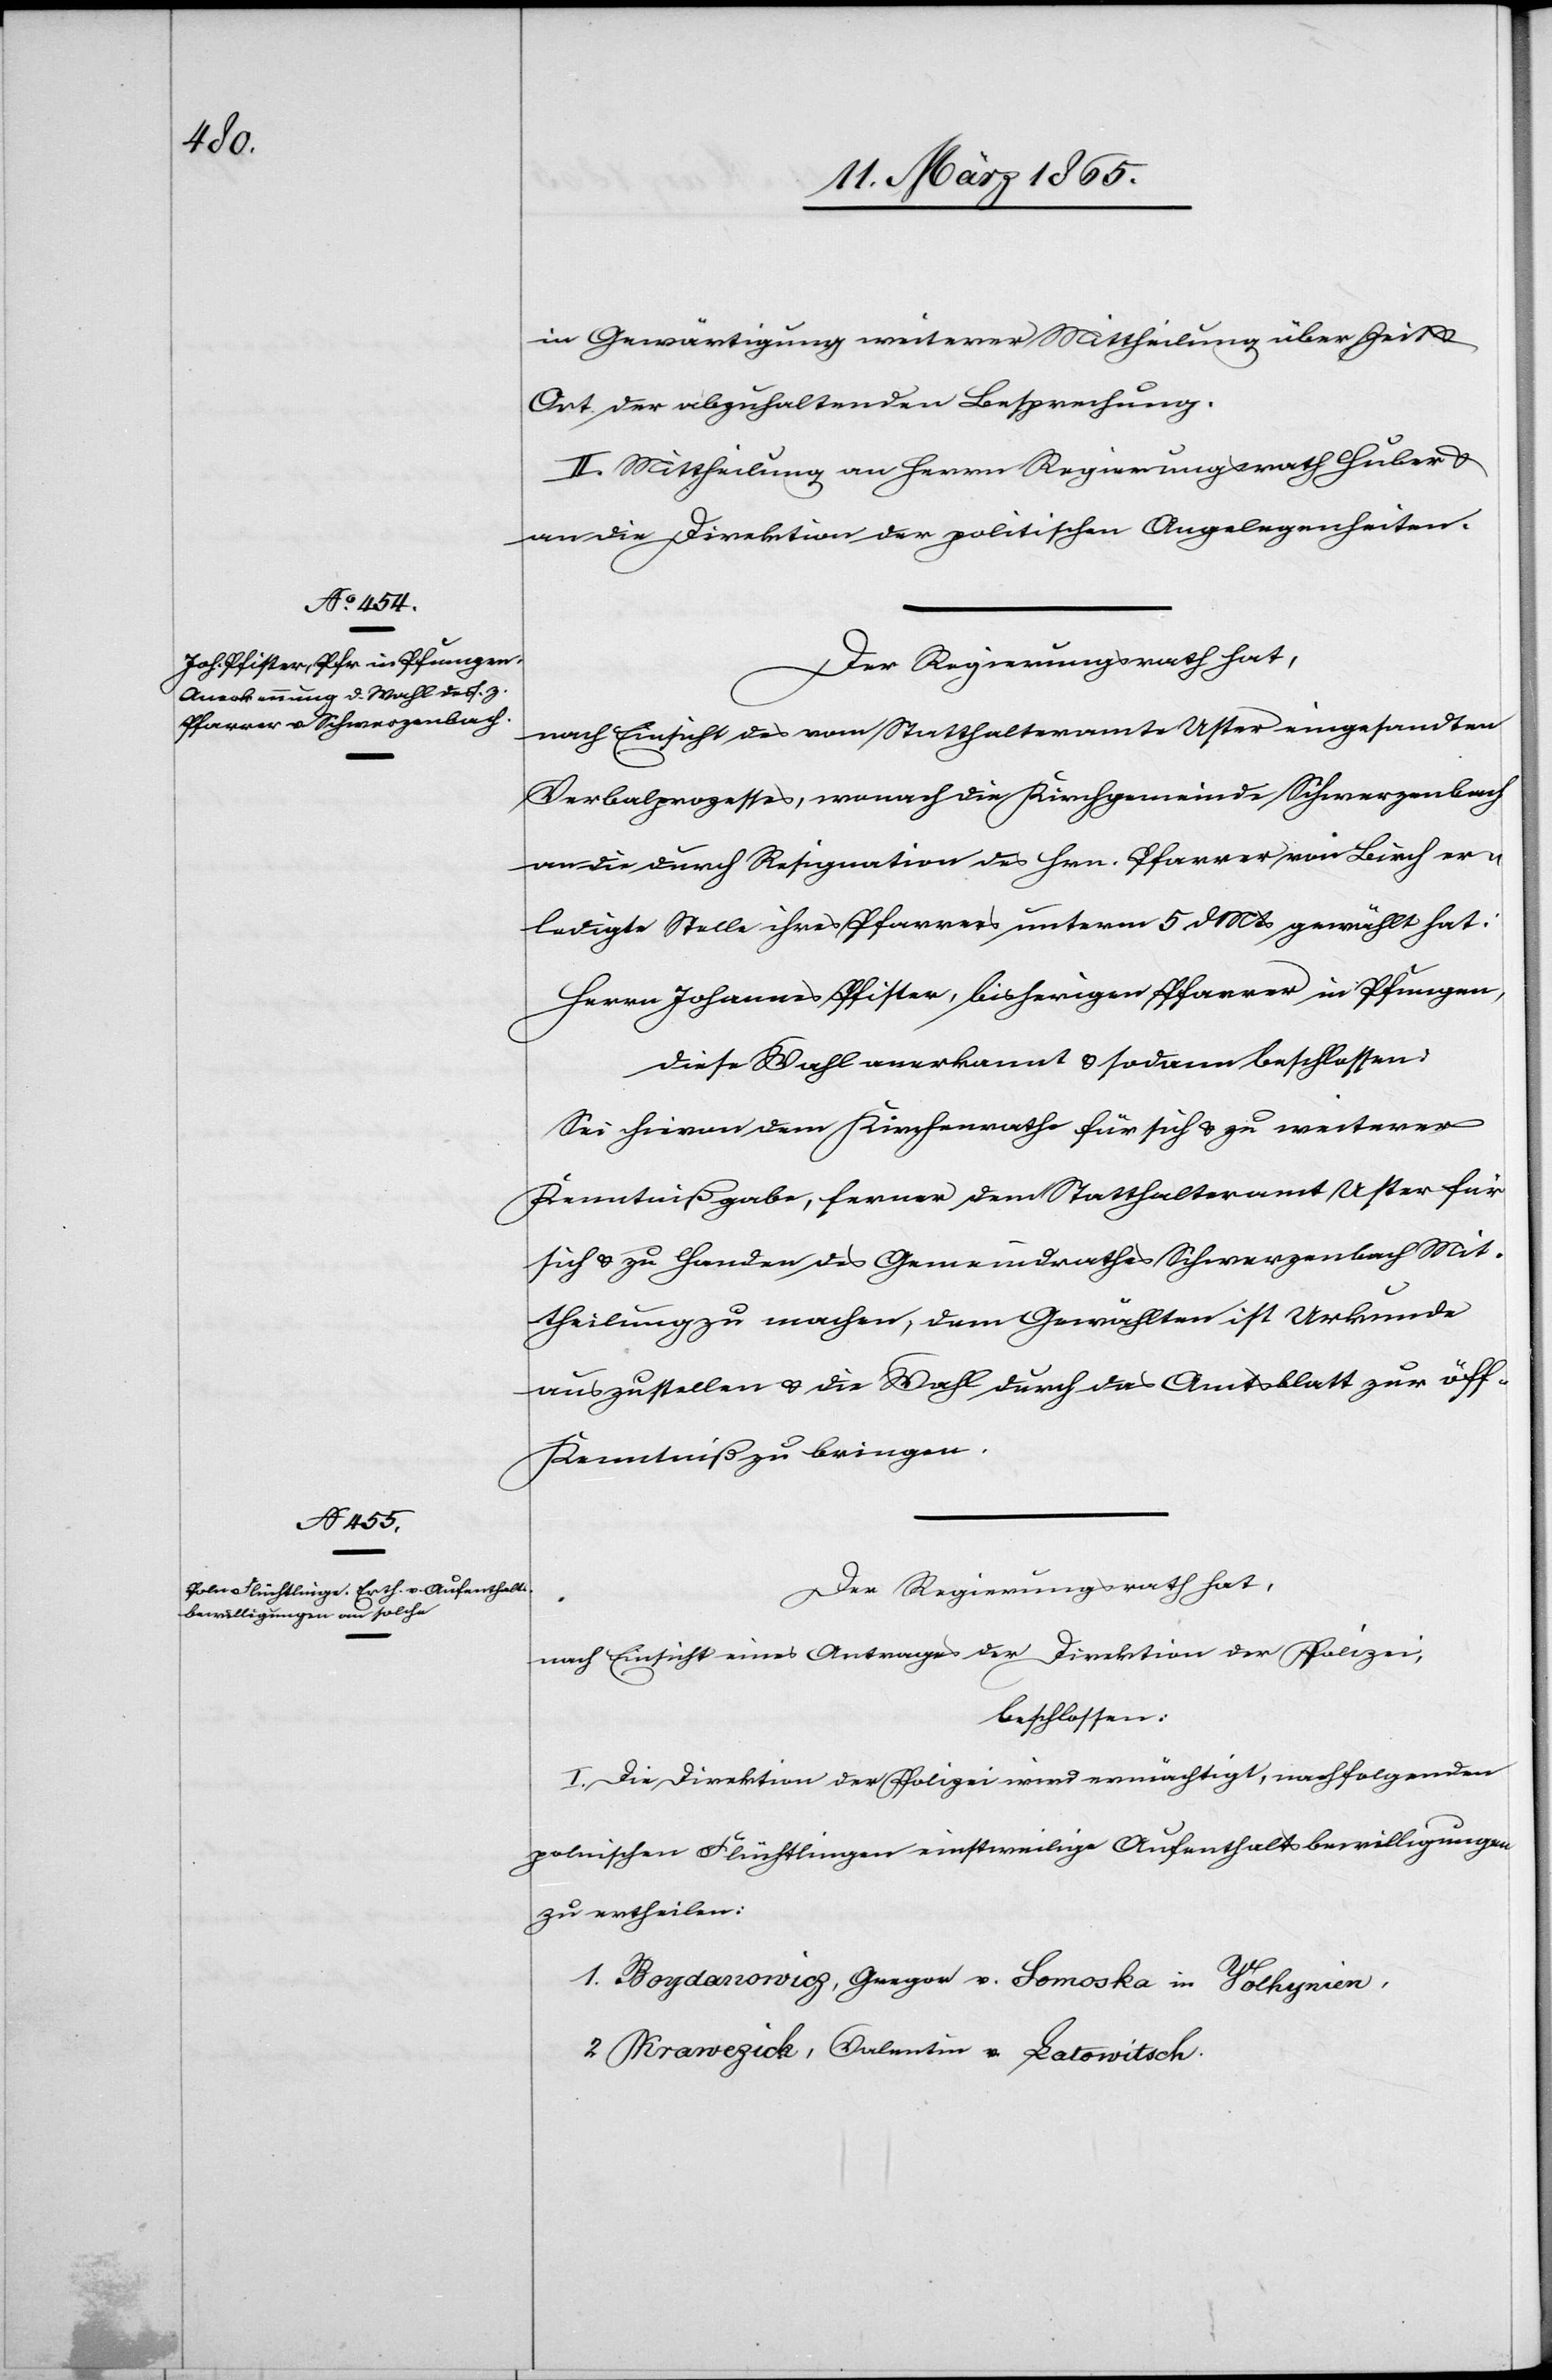
in Gewärtigung weiterer Mittheilung über Zeit u.
Ort der abzuhaltenden Besprechung.
II. Mittheilung an Herrn Regierungsrath Huber &
an die Direktion der politischen Angelegenheiten.
Der Regierungsrath hat,
nach Einsicht des vom Statthalteramte Uster eingesandten
Verbalprozesses, wonach die Kirchgemeinde Schwerzenbach
an die durch Resignation des Hrn. Pfarrer von Birch er¬
ledigte Stelle ihres Pfarrers unterm 5 d Mts gewählt hat:
Herrn Johannes Pfister, bisheriger Pfarrer in Pfungen,
diese Wahl anerkannt & sodann beschlossen:
Sei hievon dem Kirchenrathe für sich & zu weiterer
Kenntnißgabe, ferner dem Statthalteramt Uster für
sich & zu Handen des Gemeindrathes Schwerzenbach Mit¬
theilung zu machen, dem Gewählten ist Urkunde
auszustellen & die Wahl durch das Amtsblatt zur öff.
Kenntniß zu bringen.
Der Regierungsrath hat,
nach Einsicht eines Antrages der Direktion der Polizei,
beschlossen:
I. Die Direktion der Polizei wird ermächtigt, nachfolgenden
polnischen Flüchtlingen einstweilige Aufenthaltsbewilligungen
zu ertheilen:
1. Boydanowicz, Gregor v. Somoska in Yolhynien,
2 Krawezick, Valentin v. Latowitsch